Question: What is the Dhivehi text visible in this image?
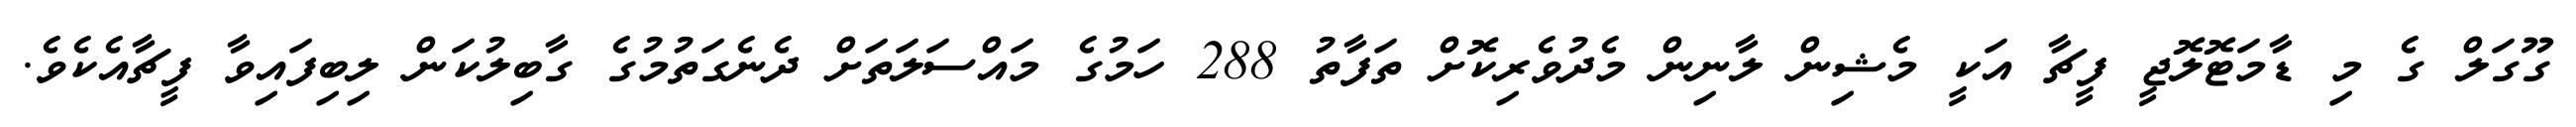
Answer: ގޫގަލް ގެ މި ޑާމަޓޮލޮޖީ ފީޗާ އަކީ މެޝިން ލާނިން މެދުވެރިކޮށް ތަފާތު 288 ހަމުގެ މައްސަލަތަށް ދެނެގަތުމުގެ ގާބިލުކަން ލިބިފައިވާ ފީޗާއެކެވެ.